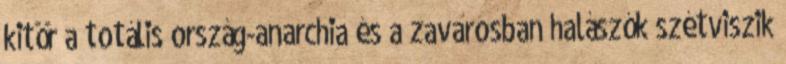
ki­tör a to­tális ország-anarchia és a zavarosban halászók szét­vi­szik